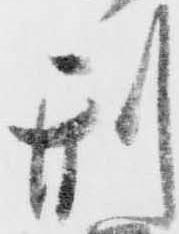
刑